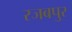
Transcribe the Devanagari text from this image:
रजबपुर